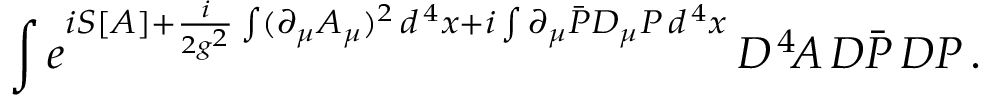
\int e ^ { i S [ A ] + { \frac { i } { 2 g ^ { 2 } } } \int ( \partial _ { \mu } A _ { \mu } ) ^ { 2 } \, d ^ { \, 4 } x + i \int \partial _ { \mu } \bar { P } D _ { \mu } P \, d ^ { \, 4 } x } \, { \cal D } ^ { \, 4 } \! A \, { \cal D } \bar { P } \, { \cal D } P \, .